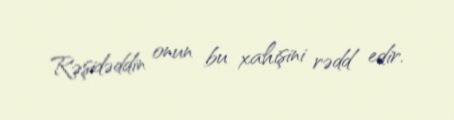
Rəşidəddin onun bu xahişini rədd edir.